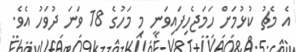
އެ މެޗު ކުޅުމަށް ހަމަޖެހިފައިވަނީ މި މަހުގެ 18 ވަނަ ދުވަހު އެވެ.